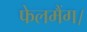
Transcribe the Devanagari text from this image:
फेलमैंग।